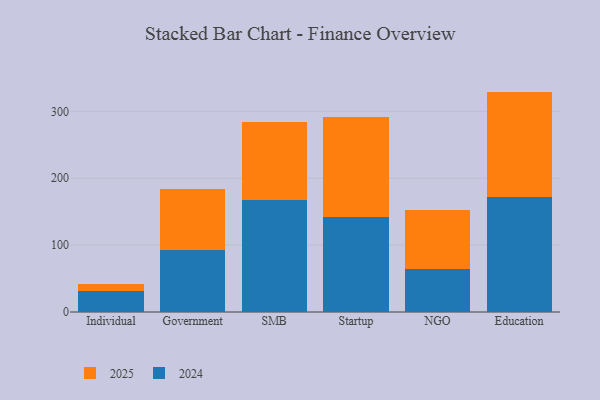
{"axis": {"x": "Segment", "y": "Tickets Resolved"}, "legend": ["2024", "2025"], "data": [{"x": "Individual", "y": 10.8, "type": "2025"}, {"x": "Individual", "y": 31.1, "type": "2024"}, {"x": "Government", "y": 91.3, "type": "2025"}, {"x": "Government", "y": 92.9, "type": "2024"}, {"x": "SMB", "y": 116.6, "type": "2025"}, {"x": "SMB", "y": 166.9, "type": "2024"}, {"x": "Startup", "y": 149.8, "type": "2025"}, {"x": "Startup", "y": 142.3, "type": "2024"}, {"x": "NGO", "y": 88.1, "type": "2025"}, {"x": "NGO", "y": 64.4, "type": "2024"}, {"x": "Education", "y": 157.0, "type": "2025"}, {"x": "Education", "y": 172.6, "type": "2024"}]}